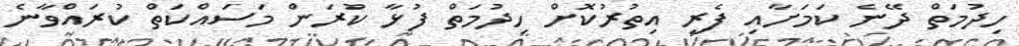
ހިދުމަތް ދޭނެ ކަމަށާއި ފެރީ އިތުރުކޮށް ހިދުމަތް ފުޅާ ކުރަން މަސައްކަތް ކުރައްވާނެ